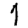
Digit: 1